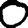
Digit: 0